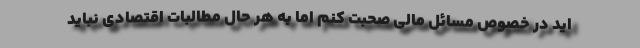
اید در خصوص مسائل مالی صحبت کنم اما به هر حال مطالبات اقتصادی نباید